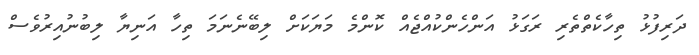
ދަރިފުޅު ތިހާކެތްތެރި ރަގަޅު އަންހެންކުއްޖެއް ކޮންމެ މަޔަކަށް ލިބޭނެނަމަ ތިހާ އަނިޔާ ލިބުނުއިރުވެސް